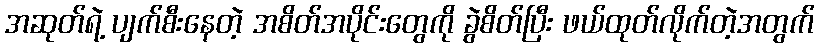
အဆုတ်ရဲ့ ပျက်စီးနေတဲ့ အစိတ်အပိုင်းတွေကို ခွဲစိတ်ပြီး ဖယ်ထုတ်လိုက်တဲ့အတွက်